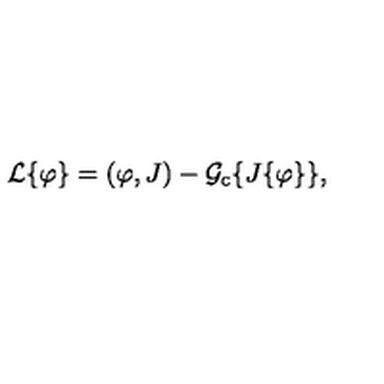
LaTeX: { \cal { L } } \{ \varphi \} = ( \varphi , J ) - { \cal { G } } _ { \mathrm { c } } \{ J \{ \varphi \} \} ,